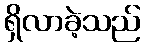
ရှိလာခဲ့သည်